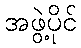
အဖွဲ့ပိုင်